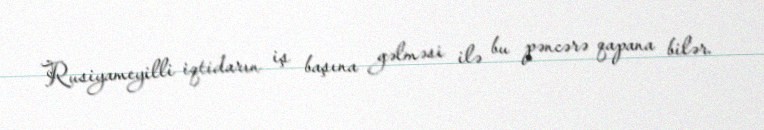
Rusiyameyilli iqtidarın iş başına gəlməsi ilə bu pəncərə qapana bilər.